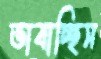
ভাবাচ্ছিস